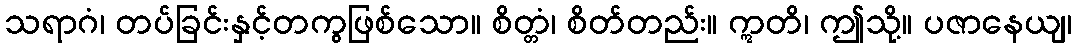
သရာဂံ၊ တပ်ခြင်းနှင့်တကွဖြစ်သော။ စိတ္တံ၊ စိတ်တည်း။ ဣတိ၊ ဤသို့။ ပဇာနေယျ၊